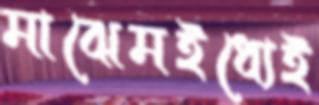
মাঝেমইধ্যেই